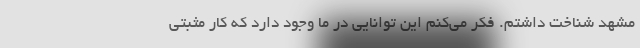
مشهد شناخت داشتم. فکر می‌کنم این توانایی در ما وجود دارد که کار مثبتی